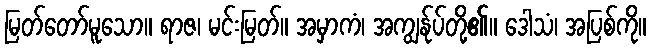
မြတ်တော်မူသော။ ရာဇ၊ မင်းမြတ်။ အမှာကံ၊ အကျွန်ုပ်တို့၏။ ဒေါသံ၊ အပြစ်ကို။